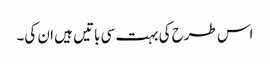
اس طرح کی بہت سی باتیں ہیں ان کی۔